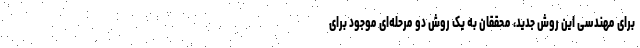
برای مهندسی این روش جدید، محققان به یک روش دو مرحله‌ای موجود برای